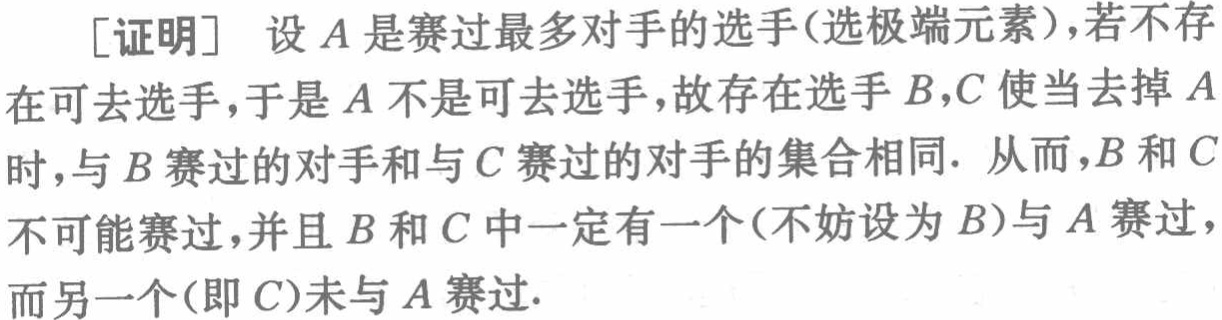
[证明] 设\(A\)是赛过最多对手的选手(选极端元素)，若不存在可去选手，于是\(A\)不是可去选手，故存在选手\(B,C\)使当去掉\(A\)时，与\(B\)赛过的对手和与\(C\)赛过的对手的集合相同. 从而，\(B\)和\(C\)不可能赛过，并且\(B\)和\(C\)中一定有一个(不妨设为\(B\))与\(A\)赛过，而另一个(即\(C\))未与\(A\)赛过.